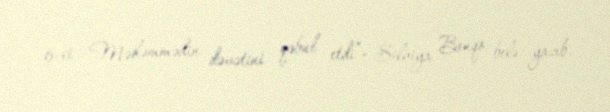
6-ci Məhəmmədin dəvətini qəbul etdi”- Silviya Bonqo belə yazıb.